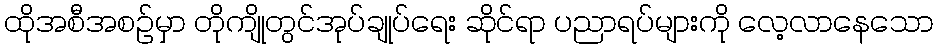
ထိုအစီအစဉ်မှာ တိုကျိုတွင်အုပ်ချုပ်ရေး ဆိုင်ရာ ပညာရပ်များကို လေ့လာနေသော